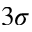
3 \sigma